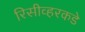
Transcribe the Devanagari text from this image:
रिसीव्हरकडे